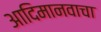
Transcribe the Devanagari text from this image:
आदिमानवाचा